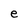
Character: e